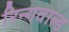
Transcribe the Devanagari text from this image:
रिन्गवाल्ड